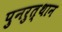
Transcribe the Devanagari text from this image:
पुनरुत्‍थान